Annual vaccination report of Bihar and Orissa - 1911-1928
Year: 1911
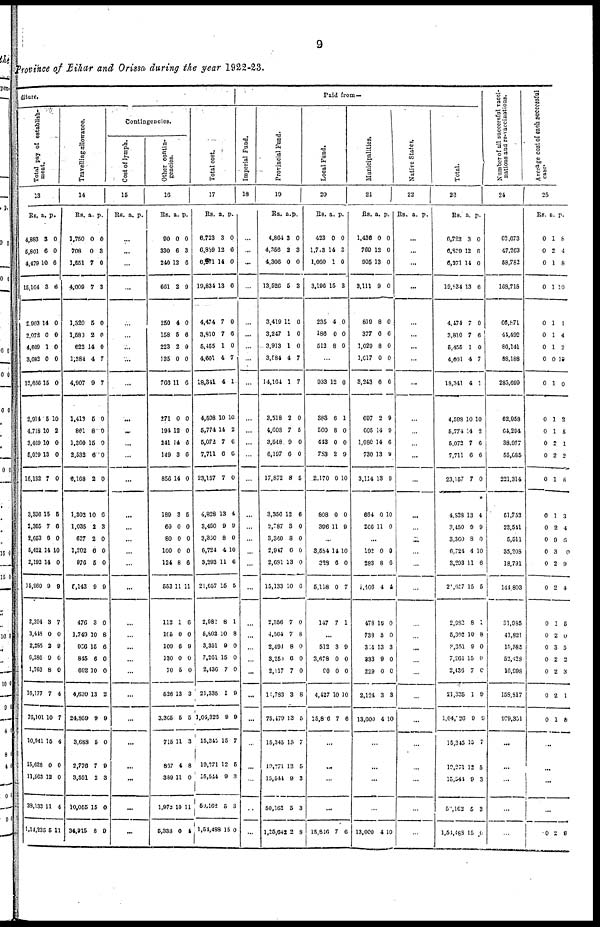
9
Province of Bihar and Orissa during the year 1922-23.
diture.
Total pay of establish-
ment.
13
Rs.
4,883
5,801
4,479
15,164
2,903
2,072
4,609
3,082
12,666
2,914
4,718
3,469
5,029
16,132
3,336
2,355
2,653
5,421
2,192
15,960
2,394
3,448
2,285
6,286
1,763
16,177
76,101
10,941
15,628
11,563
38.133
1,14,235
a.
3
6
10
3
14
0
1
0
15
5
10
10
13
7
15
7
6
14
14
0
3
0
2
9
8
7
10
15
0
12
11
5
p.
0
0
6
6
0
0
0
0
0
10
2
0
0
0
5
6
0
10
0
9
7
0
9
0
0
4
7
4
0
0
4
11
Travelling allowance.
14
Rs.
1,750
708
1,551
4,009
1,320
1,580
622
1,384
4,907
1,416
861
1,360
2,532
6,168
1,302
1,035
627
1,202
976
5,143
476
1,749
956
845
602
4,630
24,859
3,688
2,776
3,591
10,055
34,915
a.
0
0
7
7
5
2
14
4
9
5
8
15
6
2
10
2
2
6
5
9
3
10
15
6
10
13
9
5
7
2
15
8
p.
0
3
0
3
0
0
0
7
7
0
0
0
0
0
6
3
0
0
0
9
0
8
6
0
0
2
9
0
9
3
0
9
Contingencies.
Cost of lymph.
15
Rs. a. p.
...
...
...
...
...
...
...
...
...
...
...
...
...
...
...
...
...
...
...
...
...
...
...
...
...
...
...
...
...
...
...
...
Other contin-
gencies.
16
Rs.
90
330
240
661
250
158
223
135
766
271
194
241
149
856
189
60
80
100
124
553
112
165
100
130
70
526
3,365
715
867
389
1,973
5,338
a.
0
6
12
2
4
5
2
0
11
0
12
14
3
14
3
0
0
0
8
11
1
0
6
0
5
13
5
11
4
11
10
0
p.
0
3
6
9
0
6
0
0
6
0
0
6
6
0
5
0
0
0
6
11
6
0
9
0
0
3
5
3
8
0
11
4
Total cost.
17
Rs.
6,723
6,869
6,271
19,834
4,474
3,810
5,455
4,601
18,341
4,598
5,774
5,072
7,711
23,157
4,828
3,450
3,360
6,724
3,293
21,657
2,982
5,802
3,351
7,261
2,436
21,335
1,04,323
15,345
19,271
15,544
50,162
1,54,488
a.
3
12
14
13
7
7
1
4
4
10
14
7
6
7
13
9
8
4
11
15
8
10
9
15
7
1
9
15
12
9
5
15
p.
0
6
0
6
0
6
0
7
1
10
2
6
6
0
4
9
0
10
6
5
1
8
0
0
0
9
9
7
6
3
3
0
Paid from—
Imperial Fund.
18
...
...
...
...
...
...
...
...
...
...
...
...
...
...
...
...
...
...
...
...
...
...
...
...
...
...
...
...
...
...
...
...
Provincial Fund.
19
Rs.
4,864
4,366
4,306
13,526
3,419
3,247
3,913
3,584
14,164
3,518
4,608
3,548
6,197
17,872
3,356
2,787
3,360
2,947
2,681
15,133
2,356
4,564
2,494
3,251
2,117
14,783
75,479
15,345
19,271
15,544
50,163
1,25,642
a.
3
2
0
5
11
1
1
4
1
2
7
9
6
8
12
3
8
6
13
10
7
7
8
6
7
3
13
15
12
9
5
2
p.
0
3
0
3
0
0
0
7
7
0
5
0
0
5
6
0
0
0
0
6
0
8
0
0
0
8
5
7
5
3
3
8
Local Fund.
20
Rs.
423
1,713
1,060
3,196
235
186
512
a.
0
14
1
15
4
0
8
p.
0
8
0
3
0
0
0
...
933
388
560
443
783
2,170
808
396
12
6
8
0
2
0
0
11
0
1
0
0
9
10
0
9
...
3,584
328
5,118
147
14
6
0
7
10
0
7
1
...
512
3,678
90
4,427
15,816
3
0
0
10
7
9
9
0
10
6
...
...
...
...
15,816 7 6
Municipalities.
21
Rs.
1,436
769
905
3,111
819
377
1,029
1,017
3,243
697
605
1,080
730
3,114
684
266
a.
0
12
13
9
8
0
8
0
6
2
14
14
13
13
0
11
p.
0
0
0
0
0
6
0
0
6
9
9
6
9
9
10
0
...
193
283
1,406
478
738
314
333
229
2,124
13,000
0
8
4
16
3
13
9
0
3
4
0
6
4
0
0
3
0
0
3
10
...
...
...
...
13,000 4 10
Native States.
22
Rs. a. p.
...
...
...
...
...
...
...
...
...
...
...
...
...
...
...
...
...
...
...
...
...
...
...
...
...
...
...
...
...
...
...
...
Total.
23
Rs.
6,723
6,829
6,271
19,834
4,474
3,810
5,455
4,601
18,341
4,598
5,774
5,072
7,711
23,157
4,828
3,450
3,360
6,724
8,293
21,657
2,982
5,302
3,351
7,261
2,436
21,335
1,04,226
15,345
19,271
15,544
50,162
1,54,488
a.
3
12
14
13
7
7
1
4
4
10
14
7
6
7
13
9
8
4
11
15
8
10
9
15
7
1
9
15
12
9
5
15
p.
0
6
0
6
0
6
0
7
1
10
2
0
6
0
4
9
0
10
6
5
1
8
0
0
0
9
9
7
5
3
3
0
Number of all successful vacci-
nations and re-vaccinations.
24
62,673
47,263
58,782
168,718
66,871
44,492
86,141
88,188
285,699
62,958
64,294
38,977
55,085
221,314
61,752
23,541
5,511
35,208
18,791
144,803
31,985
41,821
15,585
52,428
16,998
159,917
979,351
...
...
...
...
...
Average cost of each succeesful
case.
25
Rs.
0
0
0
0
0
0
0
0
0
0
0
0
0
0
0
0
0
0
0
0
0
0
0
0
0
0
0
a.
1
2
1
1
1
1
1
0
1
1
1
2
2
1
1
2
9
3
2
2
1
2
3
2
2
2
1
p.
8
4
8
10
1
4
2
19
0
2
5
1
2
8
3
4
6
0
9
4
5
0
5
2
3
1
8
...
...
...
...
0 2 6